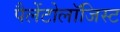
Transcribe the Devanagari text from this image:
पैलेंटोलॉजिस्ट